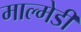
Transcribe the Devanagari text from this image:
माल्मेडी